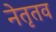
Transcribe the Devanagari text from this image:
नेतृतव